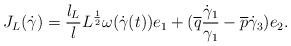
LaTeX: \begin{align*}J_L(\dot{\gamma})=\frac{l_L}{l}L^{\frac{1}{2}}\omega(\dot{\gamma}(t))e_1+(\overline{q}\frac{\dot{\gamma}_1}{\gamma_1}-\overline{p}\dot{\gamma}_3)e_2.\end{align*}